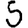
Digit: 5